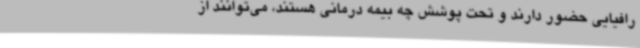
رافیایی‌ حضور دارند و تحت پوشش چه بیمه درمانی‌ هستند، می‌توانند از